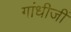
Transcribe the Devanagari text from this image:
गांधीजीं